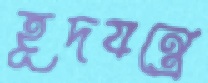
হূদযন্ত্রে